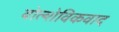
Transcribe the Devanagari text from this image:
बोल्शेविकवाद